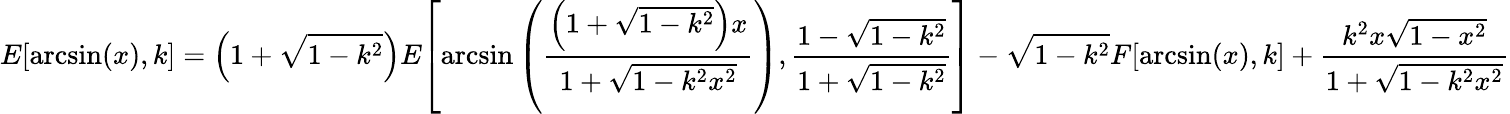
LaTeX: E{\left[\arcsin(x),k\right]}=\left(1+{\sqrt{1-k^{2}}}\right)E{\left[\arcsin\left({\frac{\left(1+{\sqrt{1-k^{2}}}\right)x}{1+{\sqrt{1-k^{2}x^{2}}}}}\right),{\frac{1-{\sqrt{1-k^{2}}}}{1+{\sqrt{1-k^{2}}}}}\right]}-{\sqrt{1-k^{2}}}F{\left[\arcsin(x),k\right]}+{\frac{k^{2}x{\sqrt{1-x^{2}}}}{1+{\sqrt{1-k^{2}x^{2}}}}}